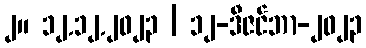
၂။ ၁၂.၁၂.၂၀၂၃ | ၁၂-ဒီဇင်ဘာ-၂၀၂၃